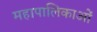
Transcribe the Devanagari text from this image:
महापालिकाओं